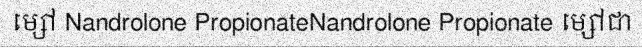
ម្សៅ Nandrolone PropionateNandrolone Propionate ម្សៅជា